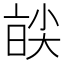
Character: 𡙑